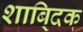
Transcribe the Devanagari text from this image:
शाबि्दक